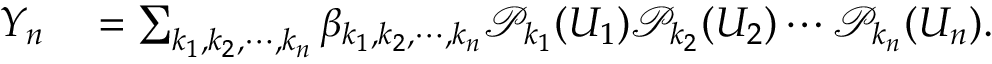
\begin{array} { r l } { Y _ { n } } & { { } = \sum _ { k _ { 1 } , k _ { 2 } , \cdots , k _ { n } } \beta _ { k _ { 1 } , k _ { 2 } , \cdots , k _ { n } } \mathcal { P } _ { k _ { 1 } } ( U _ { 1 } ) \mathcal { P } _ { k _ { 2 } } ( U _ { 2 } ) \cdots \mathcal { P } _ { k _ { n } } ( U _ { n } ) . } \end{array}